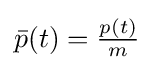
{\textstyle {\bar {p}}(t)={\frac {p(t)}{m}}}